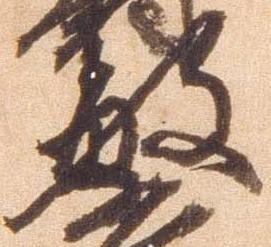
敏